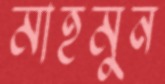
মাহমুন